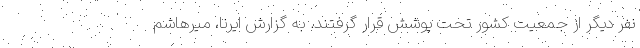
نفر دیگر از جمعیت کشور تحت پوشش قرار گرفتند. به گزارش ایرنا، میرهاشم